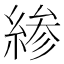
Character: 𫃰